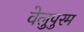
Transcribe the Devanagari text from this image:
वेलुपुरम